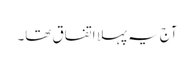
آج یہ پہلا اتفاق تھا۔